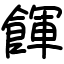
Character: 餫